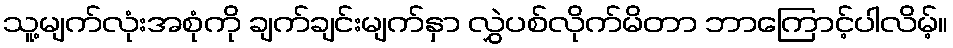
သူ့မျက်လုံးအစုံကို ချက်ချင်းမျက်နှာ လွှဲပစ်လိုက်မိတာ ဘာကြောင့်ပါလိမ့်။